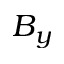
B _ { y }